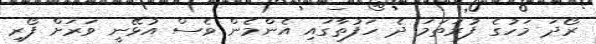
ރޯދަ މަހުގެ ފުރަތަމަ ދެ ހަފުތާގައި އެންމެން ވެސް އުޅޭނީ ވަރަށް ފޯރި